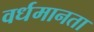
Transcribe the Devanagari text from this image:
वर्धमानता